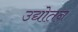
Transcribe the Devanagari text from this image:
उद्योतन